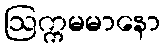
ဩက္ကမမာနော